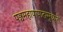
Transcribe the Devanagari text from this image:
पञ्चमहापापात्प्रमुच्यते